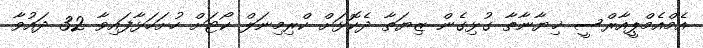
އެމްއެމްޕީއާރްސީ ޚިޔާނާތާ ގުޅިގެން ޒިޔަތާ ދެކޮޅަށް ކްރިމިނަލް ކޯޓަށް ހުށަހަޅާފައިވާ 32 ދައުވާ